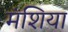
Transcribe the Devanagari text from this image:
मंशिया